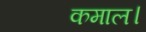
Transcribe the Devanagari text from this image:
कमाल।